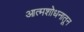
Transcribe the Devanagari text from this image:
आत्मशोधनातून